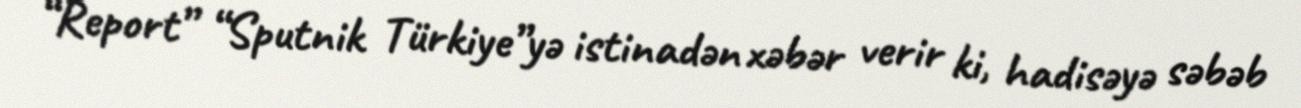
“Report” “Sputnik Türkiye”yə istinadən xəbər verir ki, hadisəyə səbəb